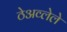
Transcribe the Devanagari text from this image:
ठेअव्लेले